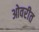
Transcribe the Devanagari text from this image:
ओवरीत